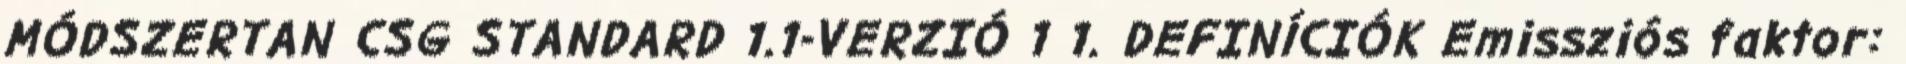
MÓDSZERTAN CSG STANDARD 1.1-VERZIÓ 1 1. DEFINÍCIÓK Emissziós faktor: